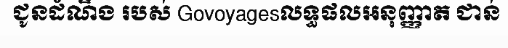
ជូនដំណឹង របស់ Govoyagesលទ្ធផលអនុញ្ញាត ជាន់